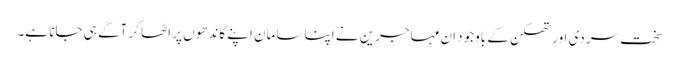
سخت سردی اور تھکن کے باوجود ان مہاجرین نے اپنا سامان اپنے کاندھوں پر اٹھا کر آگے ہی جانا ہے۔